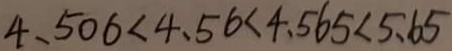
4 . 5 0 6 < 4 . 5 6 < 4 . 5 6 5 < 5 . 6 5